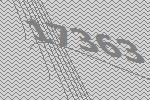
17363